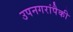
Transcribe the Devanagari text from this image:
उपनगरांपैकी